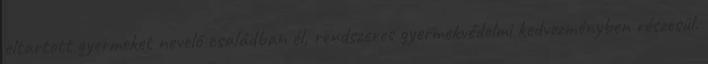
eltartott gyermeket nevelő családban él, rendszeres gyermekvédelmi kedvezményben részesül.